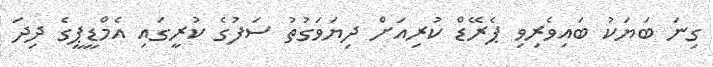
ގިނަ ބަޔަކު ބައިވެރިވި ޕެރޭޑް ކުރިއަށް ދިޔަވަގުތު ސަފުގެ ކުރީގައި އެމްޑީޕީގެ ދިދަ